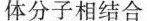
体分子相结合